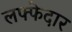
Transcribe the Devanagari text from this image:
लफ्फेदार